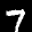
Label: 7